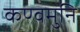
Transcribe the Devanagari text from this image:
कण्वमुनि